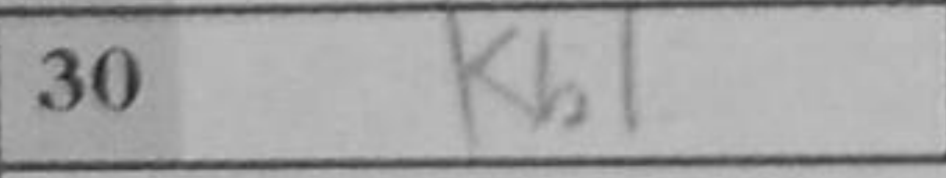
Transcription: Kb1